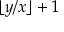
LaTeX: \lfloor y / x \rfloor + 1